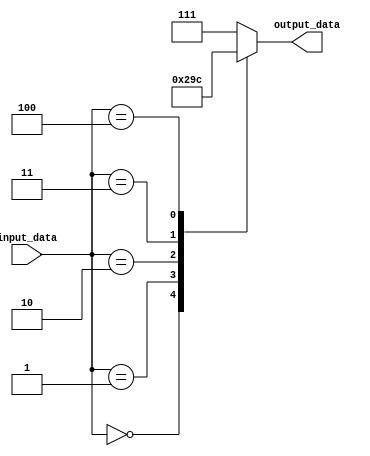
module behavioral_modeling(input [3:0] input_data,
                            output reg [2:0] output_data);

always @(*) begin
    case(input_data)
        4'b0000: output_data = 3'b000; // Case 0
        4'b0001: output_data = 3'b001; // Case 1
        4'b0010: output_data = 3'b010; // Case 2
        4'b0011: output_data = 3'b011; // Case 3
        4'b0100: output_data = 3'b100; // Case 4
        default: output_data = 3'b111; // Default case
    endcase
end

endmodule